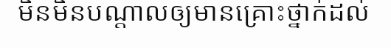
មិនមិនបណ្តាលឲ្យមានគ្រោះថ្នាក់ដល់